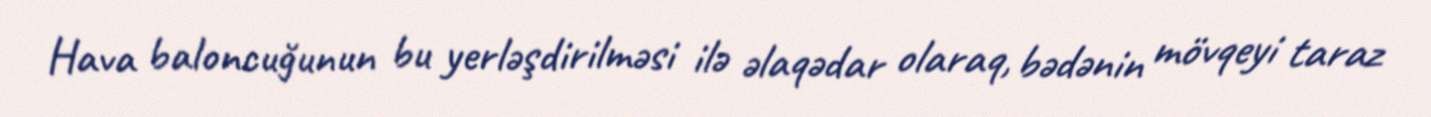
Hava baloncuğunun bu yerləşdirilməsi ilə əlaqədar olaraq, bədənin mövqeyi taraz